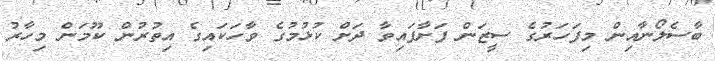
ބާސެލޯނާއިން މިފަހަރުގެ ސީޒަން ފަށާފައިވާ ދަށް ކުޅުމުގެ ވާހަކައިގެ އިތުރުން ކޫމަން މިހާރު